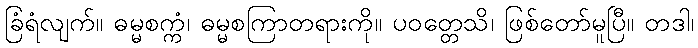
ခြံရံလျက်။ ဓမ္မစက္ကံ၊ ဓမ္မစကြာတရားကို။ ပဝတ္တေသိ၊ ဖြစ်တော်မူပြီ။ တဒါ၊